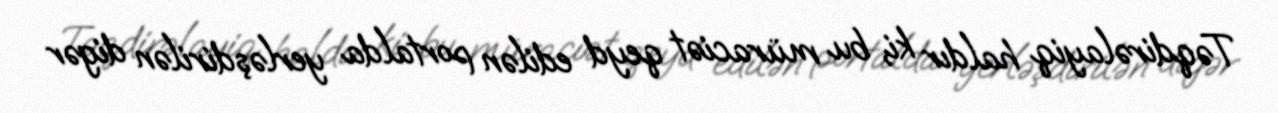
Təqdirəlayiq haldır ki, bu müraciət qeyd edilən portalda yerləşdirilən digər